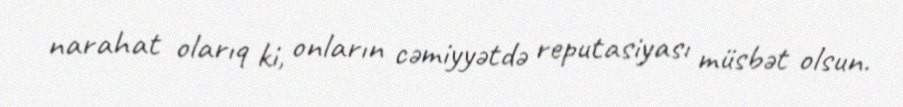
narahat olarıq ki, onların cəmiyyətdə reputasiyası müsbət olsun.